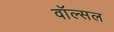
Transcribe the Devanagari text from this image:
वॉल्सल